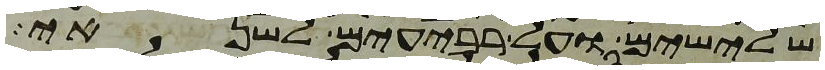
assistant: שלישים ועל רביעים לשנאי